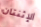
الإثنتان